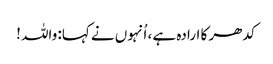
کدھر کا ارادہ ہے ، اُنہوں نے کہا: واللہ !